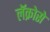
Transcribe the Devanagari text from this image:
लॅक्रोसे